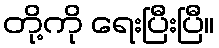
တို့ကို ရေးပြီးပြီ။